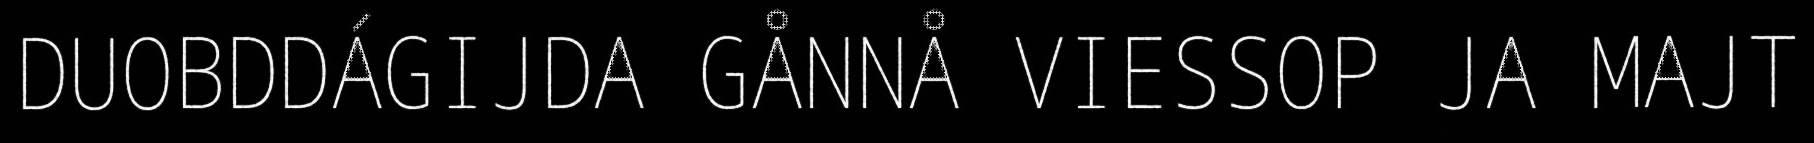
DUOBDDÁGIJDA GÅNNÅ VIESSOP JA MAJT